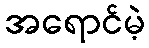
အရောင်မဲ့